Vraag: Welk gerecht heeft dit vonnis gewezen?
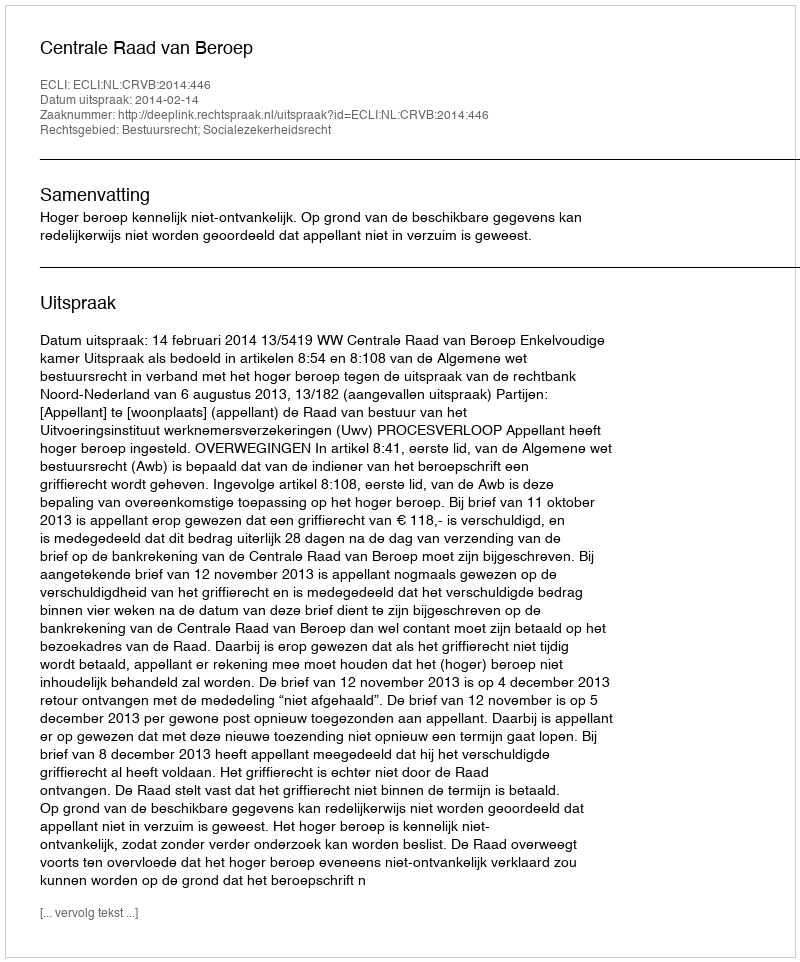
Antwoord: Centrale Raad van Beroep